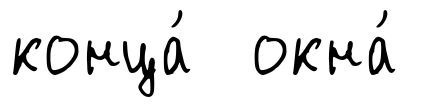
конца́ окна́